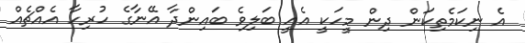
އެ ނިކަމެތިކަން ދިން މީހަކީ އެއީ ބަލިވެ ބައިންދާ އޭނާގެ ހުރިހާ އެއްޗެއް